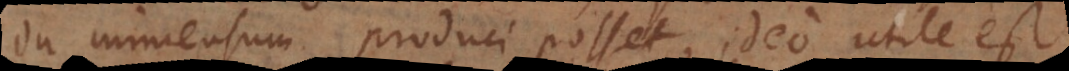
in immensum produci posset, ideo utile est